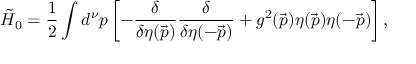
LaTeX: { \tilde { H } } _ { 0 } = { \frac { 1 } { 2 } } \int d ^ { \nu } p \left[ - { \frac { \delta } { \delta \eta ( \vec { p } ) } } { \frac { \delta } { \delta \eta ( - \vec { p } ) } } + g ^ { 2 } ( \vec { p } ) \eta ( \vec { p } ) \eta ( - \vec { p } ) \right] ,